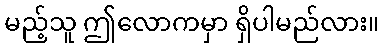
မည့်သူ ဤလောကမှာ ရှိပါမည်လား။